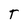
Character: T